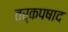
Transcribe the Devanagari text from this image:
तर्कपषाद